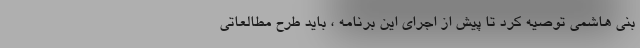
بنی هاشمی توصیه کرد تا پیش از اجرای این برنامه ، باید طرح مطالعاتی